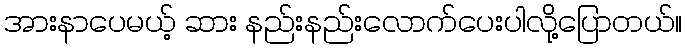
အားနာပေမယ့် ဆား နည်းနည်းလောက်ပေးပါလို့ပြောတယ်။